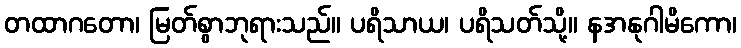
တထာဂတော၊ မြတ်စွာဘုရားသည်။ ပရိသာယ၊ ပရိသတ်သို့။ နအနုဂါမိကော၊